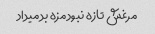
مرغش تازه نبود مزه بد میداد